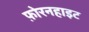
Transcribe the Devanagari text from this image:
फ़ोरनहाइट